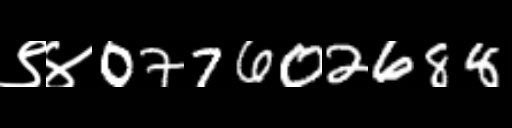
Text: ९४077602688